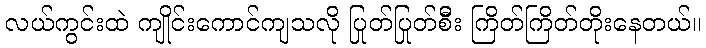
လယ်ကွင်းထဲ ကျိုင်းကောင်ကျသလို ပြုတ်ပြုတ်စီိး ကြိတ်ကြိတ်တိုးနေတယ်။